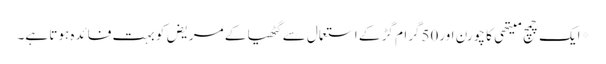
*ایک چمچ میتھی کا چورن اور50گرام گڑ کے استعمال سے گٹھیا کے مریض کو بہت فائدہ ہوتا ہے۔